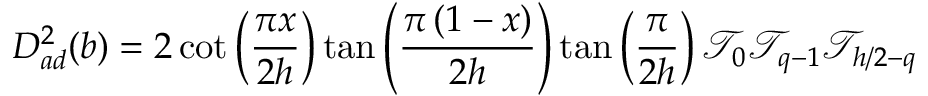
D _ { a d } ^ { 2 } ( b ) = 2 \cot \left( \frac { \pi x } { 2 h } \right) \tan \left( \frac { \pi \left( 1 - x \right) } { 2 h } \right) \tan \left( \frac { \pi } { 2 h } \right) \mathcal { T } _ { 0 } \mathcal { T } _ { q - 1 } \mathcal { T } _ { h / 2 - q }